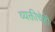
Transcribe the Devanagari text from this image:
व्यक्तीचेही